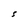
Character: S